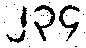
၂၃၄